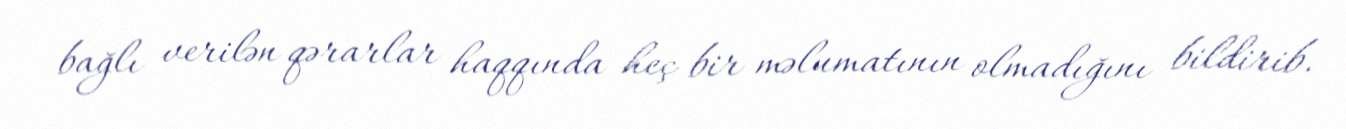
bağlı verilən qərarlar haqqında heç bir məlumatının olmadığını bildirib.